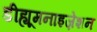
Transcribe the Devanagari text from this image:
डीह्यूमनाइज़ेशन